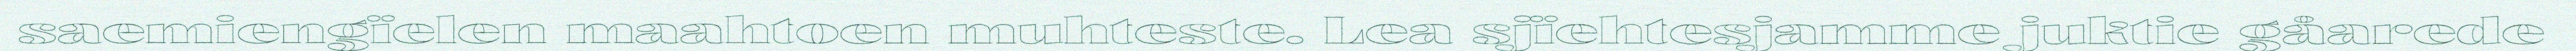
saemiengïelen maahtoen muhteste. Lea sjïehtesjamme juktie gåarede